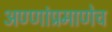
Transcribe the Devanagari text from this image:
अण्णांप्रमाणेच